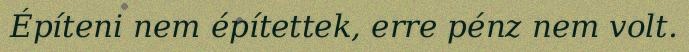
Építeni nem építettek, erre pénz nem volt.